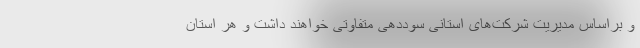
و براساس مدیریت شرکت‌های استانی سوددهی متفاوتی خواهند داشت و هر استان